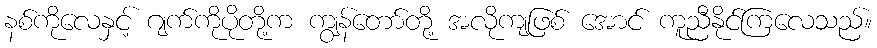
နစ်ကိုလေနှင့် ဂျက်ကိုပိုတို့က ကျွန်တော်တို့ အလိုကျဖြစ် အောင် ကူညီနိုင်ကြလေသည်။